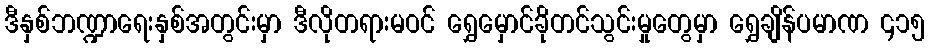
ဒီနှစ်ဘဏ္ဍာရေးနှစ်အတွင်းမှာ ဒီလိုတရားမဝင် ရွှေမှောင်ခိုတင်သွင်းမှုတွေမှာ ရွှေချိန်ပမာဏ ၄၁၅